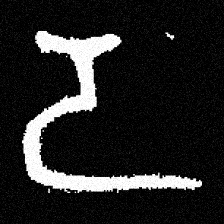
Pyu character \u2014 Myanmar letter: ဒ (romanized: da)